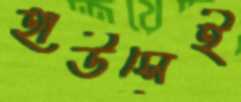
হাউসেই